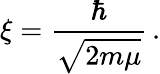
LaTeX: \xi={\frac{\hbar}{\sqrt{2m\mu}}}\, .